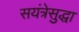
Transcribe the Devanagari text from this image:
सयंत्रेसुद्धा